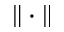
\| \cdot \|